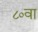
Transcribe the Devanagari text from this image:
८०वा